Civil Veterinary Dept. Assam report 1927-50 - 1927-1950
Year: 1927
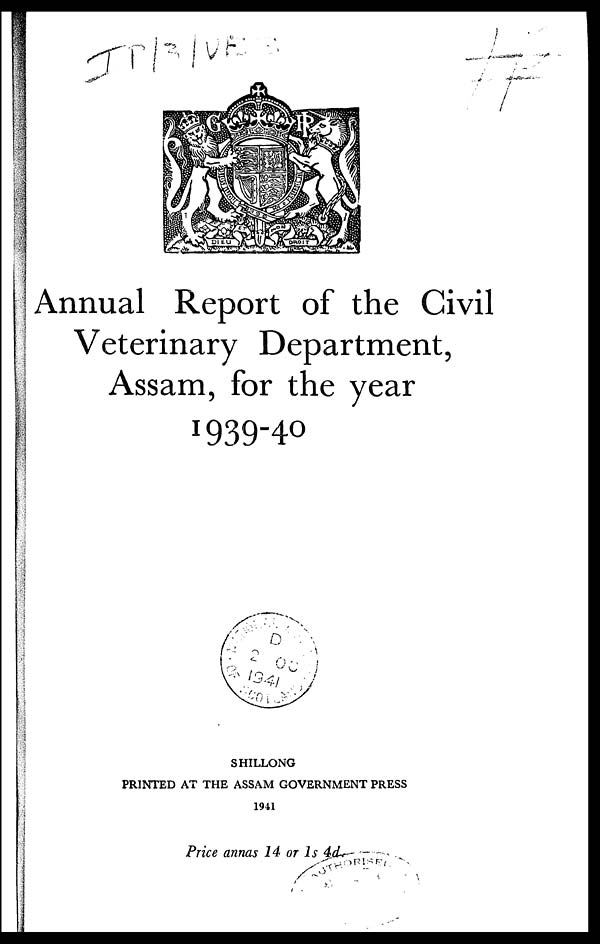
Annual Report of the Civil
Veterinary Department,
Assam, for the year
1939-40
SHILLONG
PRINTED AT THE ASSAM GOVERNMENT PRESS
1941
Price annas 14 or
1s
4d.